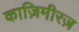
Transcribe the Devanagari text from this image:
काज़िमीरज़